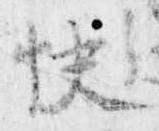
快